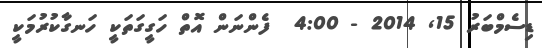
ޑިސެމްބަރު 15